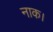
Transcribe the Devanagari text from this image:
नाक।